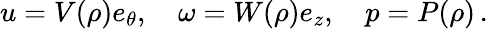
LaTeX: u=V(\rho)e_{\theta},\quad\omega=W(\rho)e_{z},\quad p=P(\rho)\, .